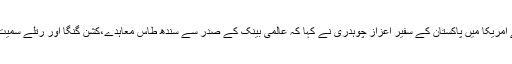
واشنگٹن میں صحافیوں سے گفتگو کرتے ہوئے امریکا میں پاکستان کے سفیر اعزاز چوہدری نے کہا کہ عالمی بینک کے صدر سے سندھ طاس معاہدے،کشن گنگا اور رتلے سمیت دیگر بھارتی منصوبوں کا معاملہ اٹھائیں گے۔